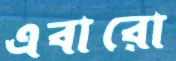
এবারো